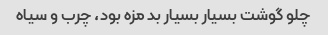
چلو گوشت بسیار بسیار بد مزه بود، چرب و سیاه